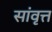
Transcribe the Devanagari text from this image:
सांवृत्त